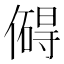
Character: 𫣣